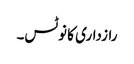
رازداری کا نوٹس۔